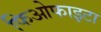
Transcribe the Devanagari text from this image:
फिओफाइटा